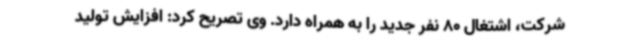
شرکت، اشتغال 80 نفر جدید را به همراه دارد. وی تصریح کرد: افزایش تولید